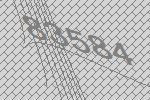
83584